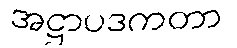
အဋ္ဌာပဒကတာ